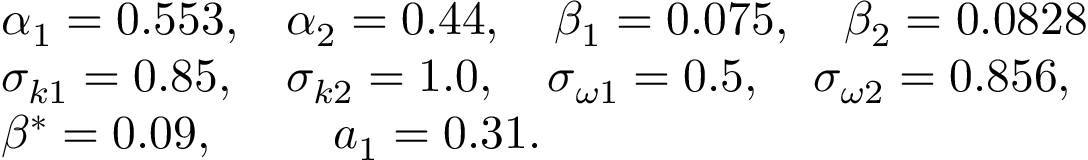
\begin{array} { l l } { \alpha _ { 1 } = 0 . 5 5 3 , } & { \alpha _ { 2 } = 0 . 4 4 , \quad \beta _ { 1 } = 0 . 0 7 5 , \quad \beta _ { 2 } = 0 . 0 8 2 8 } \\ { \sigma _ { k 1 } = 0 . 8 5 , } & { \sigma _ { k 2 } = 1 . 0 , \quad \sigma _ { \omega 1 } = 0 . 5 , \quad \sigma _ { \omega 2 } = 0 . 8 5 6 , } \\ { \beta ^ { * } = 0 . 0 9 , } & { \quad a _ { 1 } = 0 . 3 1 . } \end{array}